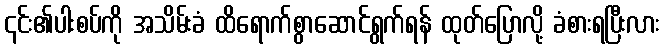
၎င်း၏ပါးစပ်ကို အသိမ်းခံ ထိရောက်စွာဆောင်ရွက်ရန် ထုတ်ပြောလို့ ခံစားရပြီးလား